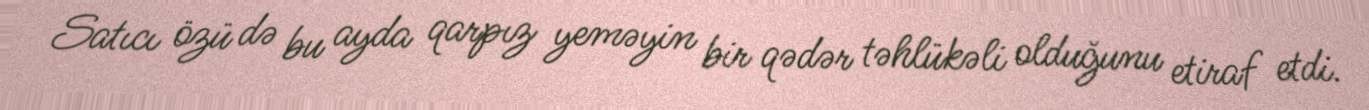
Satıcı özü də bu ayda qarpız yeməyin bir qədər təhlükəli olduğunu etiraf etdi.